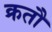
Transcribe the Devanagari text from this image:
क्रतौ